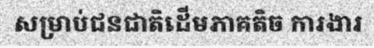
សម្រាប់ជនជាតិដើមភាគតិច ការងារ